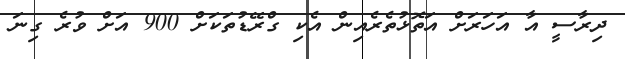
ދިރާސީ އާ އަހަރަށް އަތޮޅުތެރެއިން އެކި ގްރޭޑުތަކަށް 900 އަށް ވުރެ ގިނަ